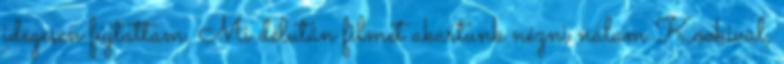
idegesen fújtattam. Mi délután filmet akartunk nézni nálam Kookival,